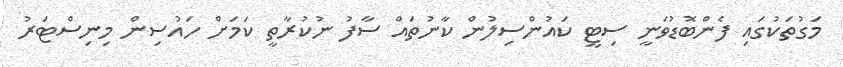
މަގުތަކުގައި ފެންބޮޑުވަނީ ސިޓީ ކައުންސިލުން ކާނުތައް ސާފު ނުކުރާތީ ކަމަށް ހައުސިން މިނިސްޓަރު